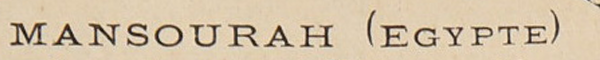
MANSOURAH (EGYPTE)